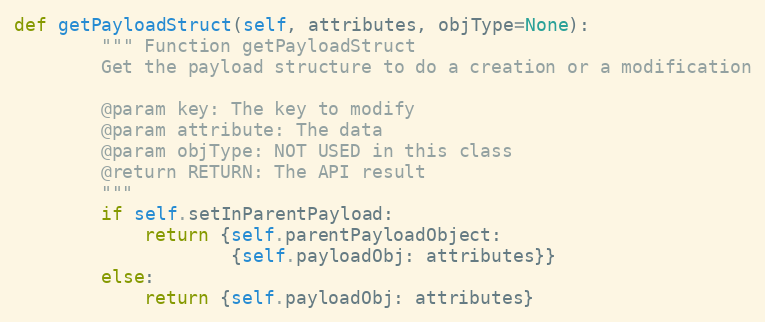
Language: Python
def getPayloadStruct(self, attributes, objType=None):
        """ Function getPayloadStruct
        Get the payload structure to do a creation or a modification

        @param key: The key to modify
        @param attribute: The data
        @param objType: NOT USED in this class
        @return RETURN: The API result
        """
        if self.setInParentPayload:
            return {self.parentPayloadObject:
                    {self.payloadObj: attributes}}
        else:
            return {self.payloadObj: attributes}